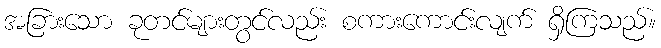
အခြားသော ခုတင်များတွင်လည်း စကားကောင်းလျက် ရှိကြသည်။